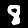
Digit: 8